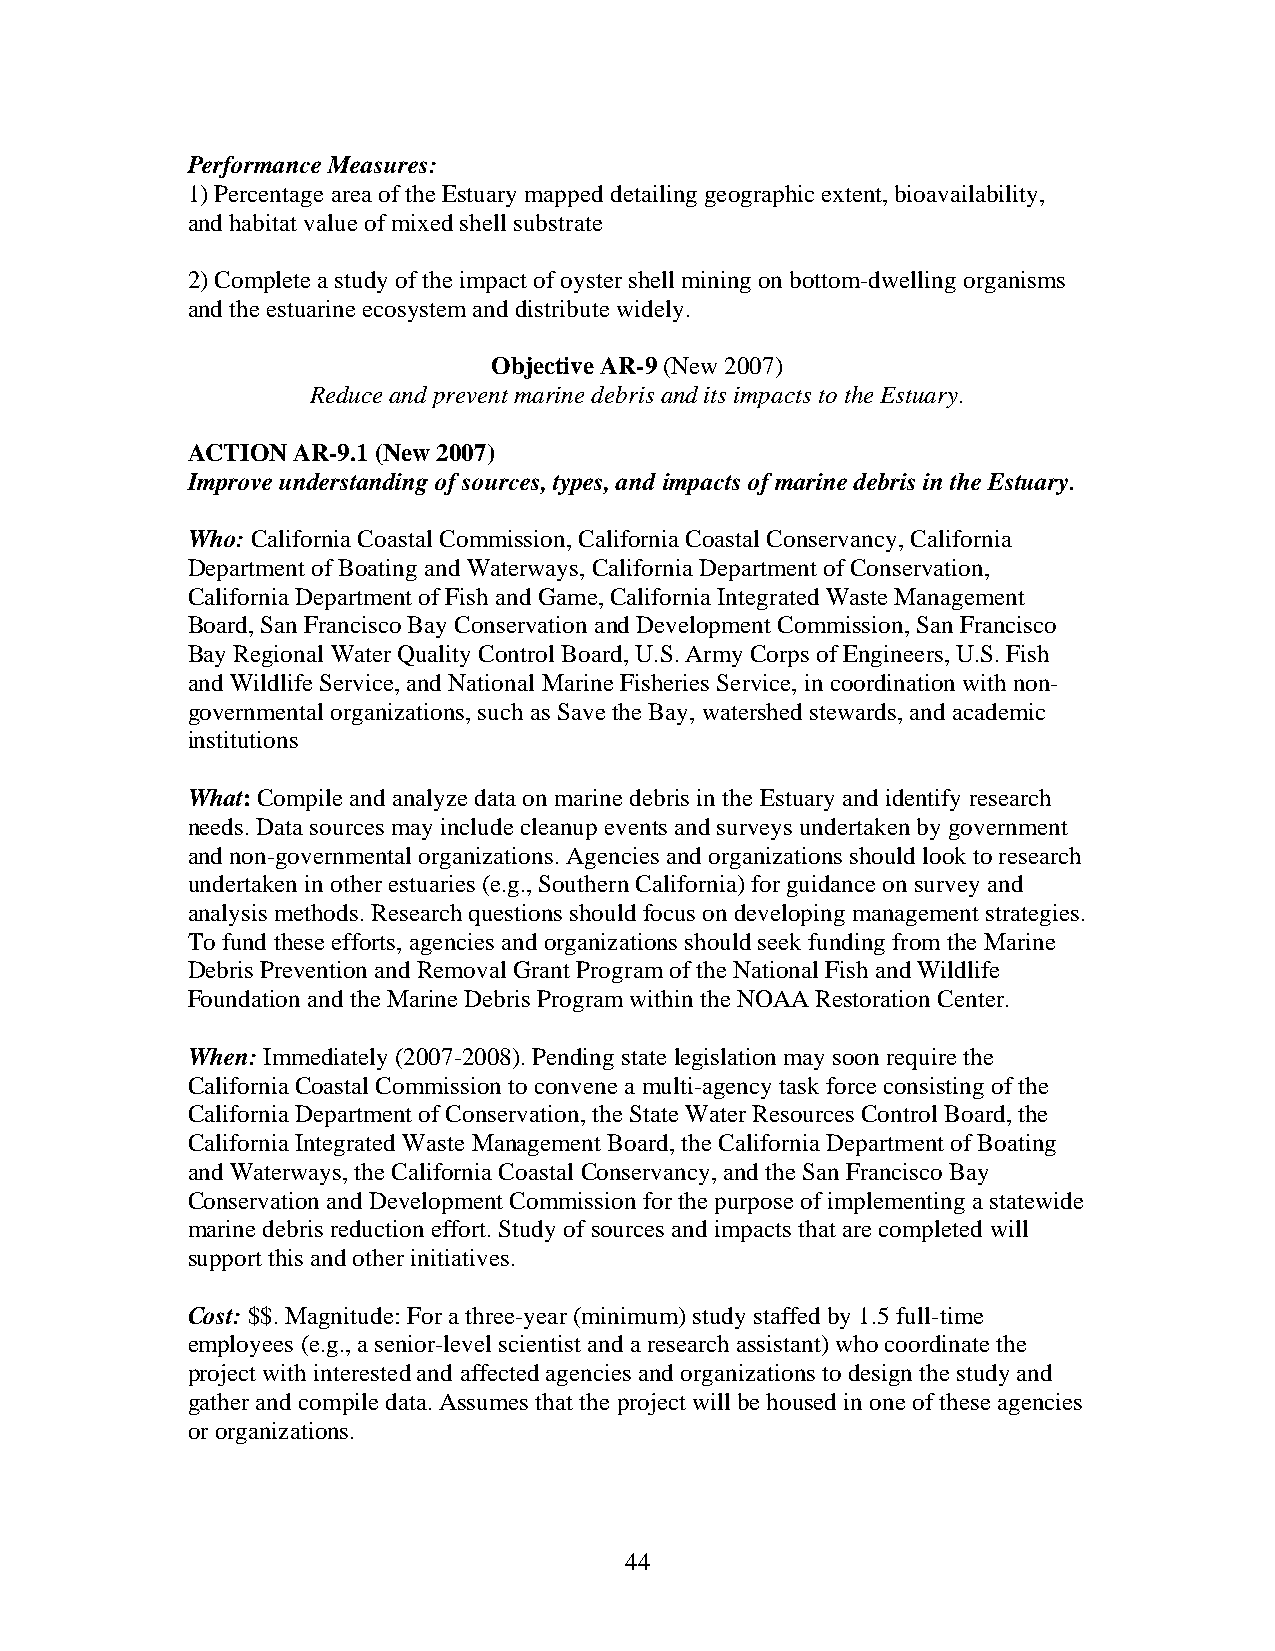
Performance Measures:
 1) Percentage area of the Estuary mapped detailing geographic extent, bioavailability,
 and habitat value of mixed shell substrate
 2) Complete a study of the impact of oyster shell mining on bottom-dwelling organisms
 and the estuarine ecosystem and distribute widely.
 Objective AR-9 (New 2007)
 Reduce and prevent marine debris and its impacts to the Estuary.
 ACTION AR-9.1 (New 2007)
 Improve understanding of sources, types, and impacts of marine debris in the Estuary.
 Who: California Coastal Commission, California Coastal Conservancy, California
 Department of Boating and Waterways, California Department of Conservation,
 California Department of Fish and Game, California Integrated Waste Management
 Board, San Francisco Bay Conservation and Development Commission, San Francisco
 Bay Regional Water Quality Control Board, U.S. Army Corps of Engineers, U.S. Fish
 and Wildlife Service, and National Marine Fisheries Service, in coordination with non-
 governmental organizations, such as Save the Bay, watershed stewards, and academic
 institutions
 What: Compile and analyze data on marine debris in the Estuary and identify research
 needs. Data sources may include cleanup events and surveys undertaken by government
 and non-governmental organizations. Agencies and organizations should look to research
 undertaken in other estuaries (e.g., Southern California) for guidance on survey and
 analysis methods. Research questions should focus on developing management strategies.
 To fund these efforts, agencies and organizations should seek funding from the Marine
 Debris Prevention and Removal Grant Program of the National Fish and Wildlife
 Foundation and the Marine Debris Program within the NOAA Restoration Center.
 When: Immediately (2007-2008). Pending state legislation may soon require the
 California Coastal Commission to convene a multi-agency task force consisting of the
 California Department of Conservation, the State Water Resources Control Board, the
 California Integrated Waste Management Board, the California Department of Boating
 and Waterways, the California Coastal Conservancy, and the San Francisco Bay
 Conservation and Development Commission for the purpose of implementing a statewide
 marine debris reduction effort. Study of sources and impacts that are completed will
 support this and other initiatives.
 Cost: $$. Magnitude: For a three-year (minimum) study staffed by 1.5 full-time
 employees (e.g., a senior-level scientist and a research assistant) who coordinate the
 project with interested and affected agencies and organizations to design the study and
 gather and compile data. Assumes that the project will be housed in one of these agencies
 or organizations.
 44